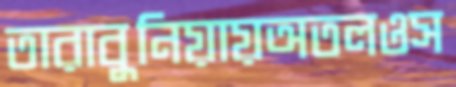
তারাবুনিয়ায়অতলওস